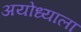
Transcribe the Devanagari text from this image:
अयोध्याला